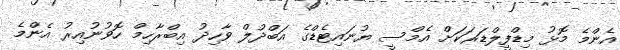
އެންމެ މޮޅު މިޑްފީލްޑަރަކަށް އެމްސީ ޔުނައިޓެޑްގެ އަބްދުލް ވާހިދު އިބްރާހިމް ހޮވުނުއިރު އެންމެ